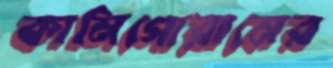
কানিগোরামের